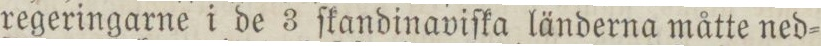
regeringarne i de 3 ſkandinaviſka länderna måtte ned=